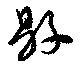
県